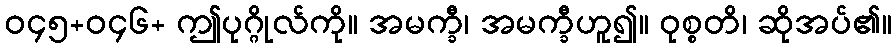
ဝ၄၅+ဝ၄၆+ ဤပုဂ္ဂိုလ်ကို။ အမက္ခီ၊ အမက္ခီဟူ၍။ ဝုစ္စတိ၊ ဆိုအပ်၏။